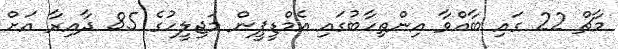
މާޗް 22 ގައި ބާއްވާ އިންތިހާބުގައި އެމްޑީޕީން މަޖިލީހުގެ 85 ދާއިރާ އަށް